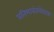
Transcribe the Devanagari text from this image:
प्रतिभावंतलेखक